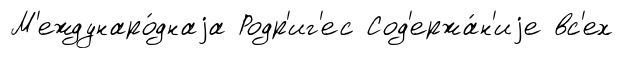
М'еждунаро́днаjа Родр'иг'ес Сод'ержа́н'иjе вс'ех